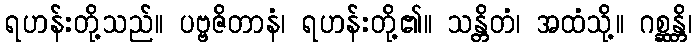
ရဟန်းတို့သည်။ ပဗ္ဗဇိတာနံ၊ ရဟန်းတို့၏။ သန္တိတံ၊ အထံသို့။ ဂစ္ဆန္တိ၊